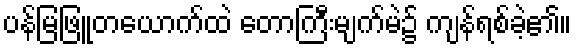
ပန်မြဖြူတယောက်ထဲ တောကြီးမျက်မဲ၌ ကျန်ရစ်ခဲ့၏။